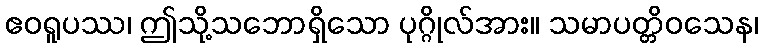
ဧဝရူပဿ၊ ဤသို့သဘောရှိသော ပုဂ္ဂိုလ်အား။ သမာပတ္တိဝသေန၊